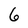
Character: 6